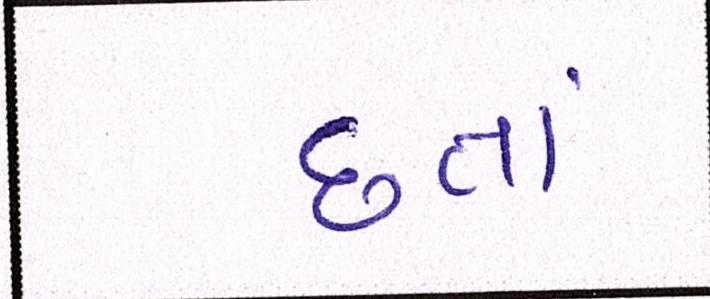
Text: છતાં